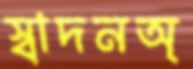
স্বাদনঅ্